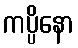
ကပ္ပိနော